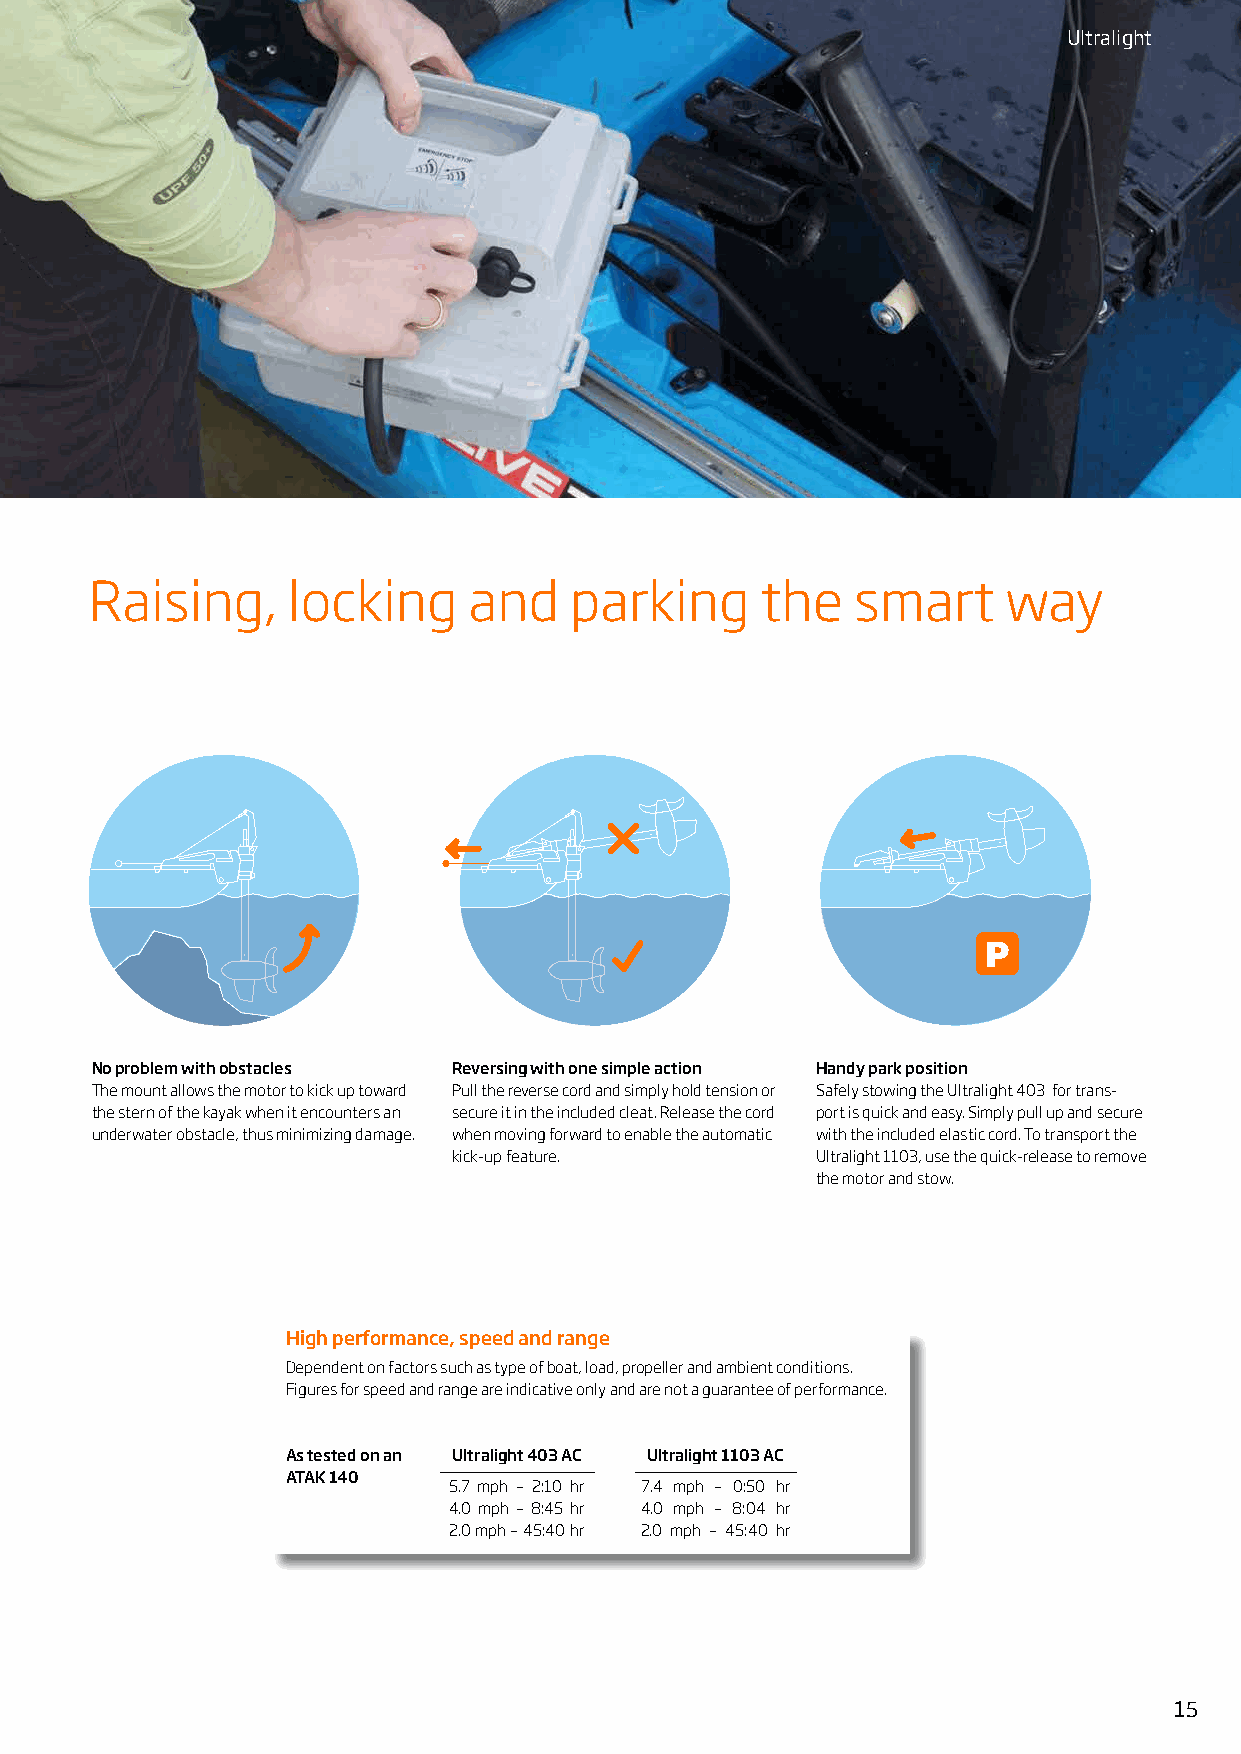
Ultralight
 Raising,     locking     and    parking     the    smart     way
 P
 No problem with obstacles Reversing with one simple action Handy park position
 The mount allows the motor to kick up toward Pull the reverse cord and simply hold tension or Safely stowing the Ultralight 403 for trans-
 the stern of the kayak when it encounters an secure it in the included cleat. Release the cord port is quick and easy. Simply pull up and secure
 underwater obstacle, thus minimizing damage. when moving forward to enable the automatic with the included elastic cord. To transport the
 kick-up feature.        Ultralight 1103, use the quick-release to remove
 the motor and stow.
 High performance, speed and range
 Dependent on factors such as type of boat, load, propeller and ambient conditions.
 Figures for speed and range are indicative only and are not a guarantee of performance.
 Ultralight 403 AC
 As tested on an Ultralight 403 AC Ultralight 1103 AC
 ATAK 140
 5.7 mph – 2:10 hr 7.4 mph – 0:50 hr
 4.0 mph – 8:45 hr 4.0 mph – 8:04 hr
 2.0 mph – 45:40 hr 2.0 mph – 45:40 hr
 15